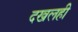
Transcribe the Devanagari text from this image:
दखलही